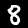
Digit: 8